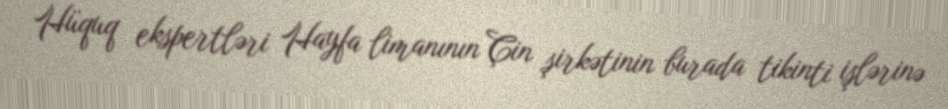
Hüquq ekspertləri Hayfa limanının Çin şirkətinin burada tikinti işlərinə